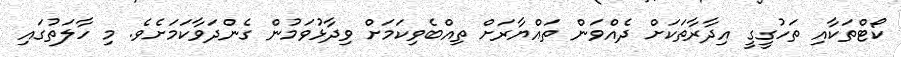
ކޯޓްތަކާއި ތަހުގީގީ އިދާރާތަކަށް ދެއްވަން ތައްޔާރަށް ތިއްބެވިކަމަށް ވިދާޅުވަމުން ގެންދަވާކަމަށެވެ. މި ހާލަތުގައި